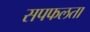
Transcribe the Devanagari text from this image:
सपफलता